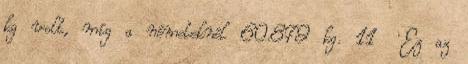
kg volt, míg a németeknél 60.879 kg. 11 Ez az